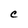
Character: C